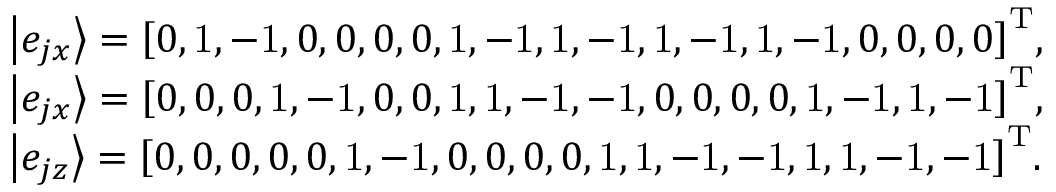
\begin{array} { l } { \left| { { e _ { j x } } } \right\rangle = { \left[ { 0 , \mathrm { { 1 } } , - \mathrm { { 1 } } , \mathrm { { } } 0 , \mathrm { { } } 0 , \mathrm { { } } 0 , \mathrm { { } } 0 , \mathrm { { 1 } } , - \mathrm { { 1 } } , \mathrm { { 1 } } , - \mathrm { { 1 } } , \mathrm { { 1 } } , - \mathrm { { 1 } } , \mathrm { { 1 } } , - \mathrm { { 1 } } , \mathrm { { } } 0 , \mathrm { { } } 0 , \mathrm { { } } 0 , \mathrm { { } } 0 } \right] ^ { \mathrm { T } } } , } \\ { \left| { { e _ { j x } } } \right\rangle = { \left[ { 0 , \mathrm { { } } 0 , \mathrm { { } } 0 , \mathrm { { 1 } } , - \mathrm { { 1 } } , \mathrm { { } } 0 , \mathrm { { } } 0 , \mathrm { { 1 } } , \mathrm { { 1 } } , - \mathrm { { 1 } } , - \mathrm { { 1 } } , \mathrm { { } } 0 , \mathrm { { } } 0 , \mathrm { { } } 0 , \mathrm { { } } 0 , \mathrm { { 1 } } , - \mathrm { { 1 } } , \mathrm { { 1 } } , - \mathrm { { 1 } } } \right] ^ { \mathrm { T } } } , } \\ { \left| { { e _ { j z } } } \right\rangle = { \left[ { 0 , \mathrm { { } } 0 , \mathrm { { } } 0 , \mathrm { { } } 0 , \mathrm { { } } 0 , \mathrm { { 1 } } , - \mathrm { { 1 } } , \mathrm { { } } 0 , \mathrm { { } } 0 , \mathrm { { } } 0 , \mathrm { { } } 0 , \mathrm { { 1 } } , \mathrm { { 1 } } , - \mathrm { { 1 } } , - \mathrm { { 1 } } , \mathrm { { 1 } } , \mathrm { { 1 } } , - \mathrm { { 1 } } , - \mathrm { { 1 } } } \right] ^ { \mathrm { T } } } . } \end{array}